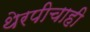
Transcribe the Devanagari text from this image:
थेरपीचाही